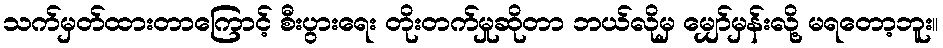
သက်မှတ်ထားတာကြောင့် စီးပွားရေး တိုးတက်မှုဆိုတာ ဘယ်လိုမှ မျှော်မှန်းလို့ မရတော့ဘူး။